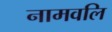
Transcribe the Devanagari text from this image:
नामवलि